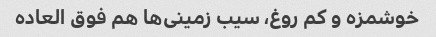
خوشمزه و کم روغ، سیب زمینی‌ها هم فوق العاده